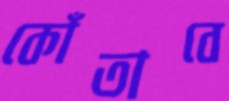
কোঁতাবে